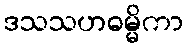
ဒသသဟဓမ္မိကာ